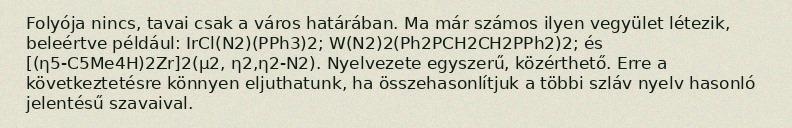
Folyója nincs, tavai csak a város határában. Ma már számos ilyen vegyület létezik, beleértve például: IrCl(N2)(PPh3)2; W(N2)2(Ph2PCH2CH2PPh2)2; és [(η5-C5Me4H)2Zr]2(μ2, η2,η2-N2). Nyelvezete egyszerű, közérthető. Erre a következtetésre könnyen eljuthatunk, ha összehasonlítjuk a többi szláv nyelv hasonló jelentésű szavaival.